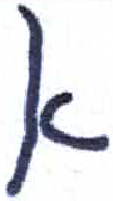
אות: א